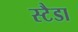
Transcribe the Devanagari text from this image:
स्टैडा